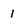
Character: 1